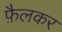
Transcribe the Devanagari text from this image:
फ़ैलकर